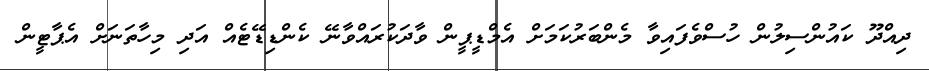
ދިއްދޫ ކައުންސިލުން ހުސްވެފައިވާ މެންބަރުކަމަށް އެމްޑީޕީން ވާދަކުރައްވާނޭ ކެންޑިޑޭޓެއް އަދި މިހާތަނަށް އެޕާޓީން